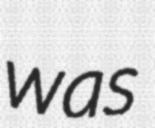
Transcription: was